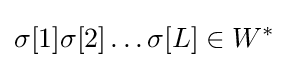
\sigma [1]\sigma [2]\ldots \sigma [L]\in W^{*}